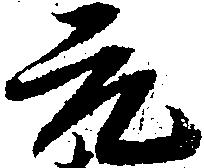
元